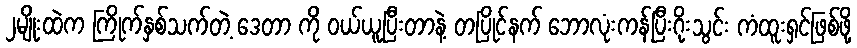
၂မျိုးထဲက ကြိုက်နှစ်သက်တဲ့ ဒေတာ ကို ဝယ်ယူပြီးတာနဲ့ တပြိုင်နက် ဘောလုံးကန်ပြီးဂိုးသွင်း ကံထူးရှင်ဖြစ်ဖို့